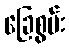
ခြေစွမ်း